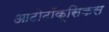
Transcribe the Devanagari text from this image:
आटोटॉक्सिकस